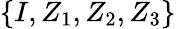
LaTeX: \{ I,Z_{1},Z_{2},Z_{3}\}